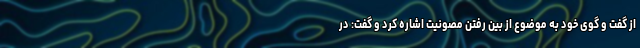
از گفت و گوی خود به موضوع از بین رفتن مصونیت اشاره کرد و گفت: در